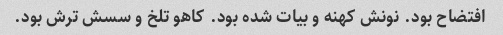
افتضاح بود. نونش کهنه و بیات شده بود. کاهو تلخ و سسش ترش بود.